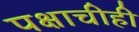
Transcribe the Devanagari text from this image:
पक्षाचीही